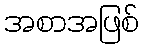
အစာအဖြစ်